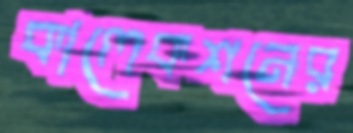
কালেকশনের